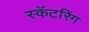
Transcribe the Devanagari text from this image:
स्कॅटरिंग